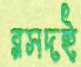
রসদই